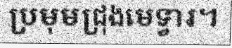
ប្រមុមជ្រុងមេទ្វារ។